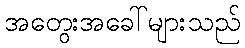
အတွေးအခေါ်များသည်